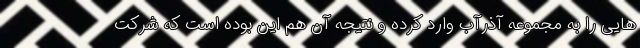
‌هایی را به مجموعه آذرآب وارد کرده و نتیجه آن هم این بوده است که شرکت